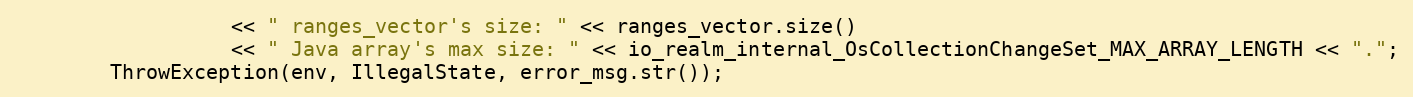
Language: C++
                  << " ranges_vector's size: " << ranges_vector.size()
                  << " Java array's max size: " << io_realm_internal_OsCollectionChangeSet_MAX_ARRAY_LENGTH << ".";
        ThrowException(env, IllegalState, error_msg.str());